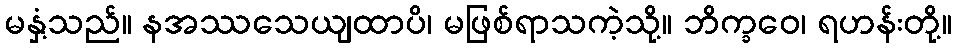
မနှံ့သည်။ နအဿသေယျထာပိ၊ မဖြစ်ရာသကဲ့သို့။ ဘိက္ခဝေ၊ ရဟန်းတို့။